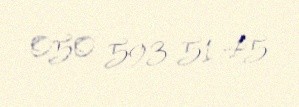
050 593 51 45